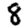
Digit: 8